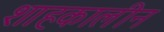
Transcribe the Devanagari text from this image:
शाहकालीन